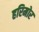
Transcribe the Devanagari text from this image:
हरिमोर